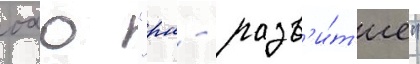
оао "рн - разв'и́т'ие"